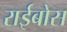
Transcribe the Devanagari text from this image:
राईबोस